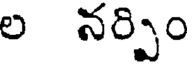
ల నర్పిం